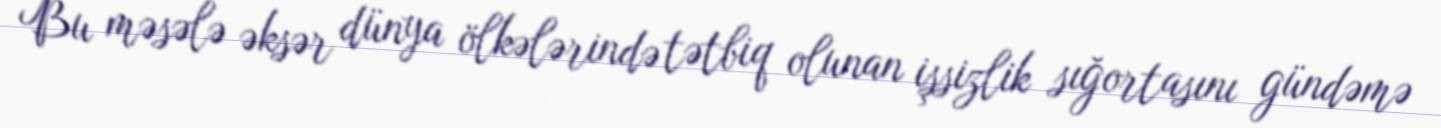
Bu məsələ əksər dünya ölkələrində tətbiq olunan işsizlik sığortasını gündəmə